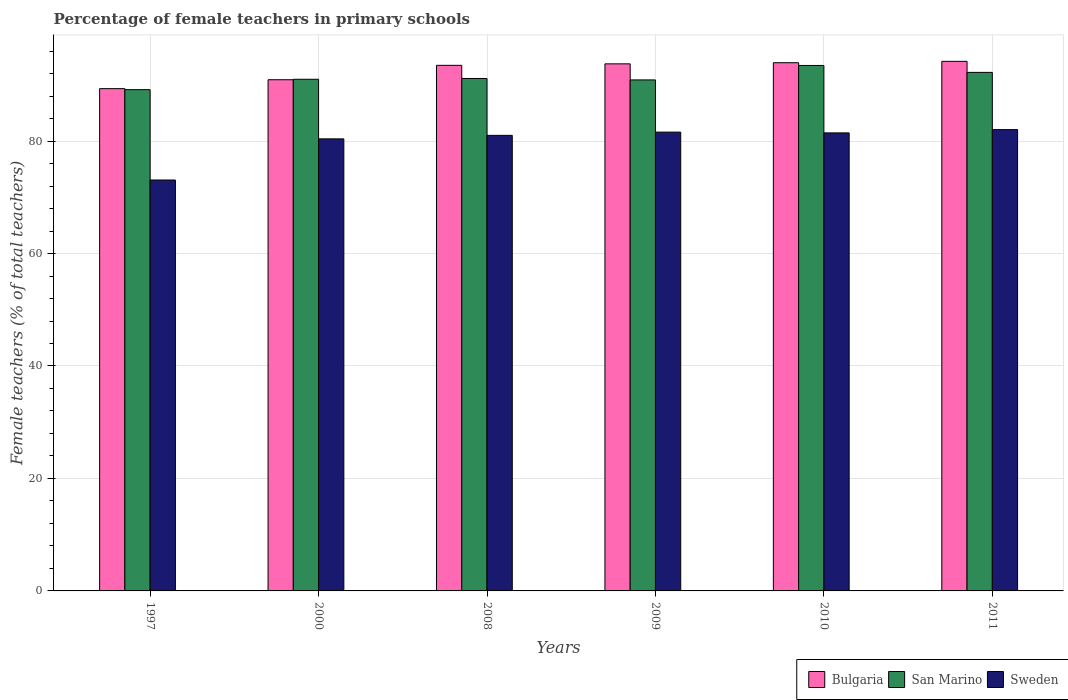
| Years | Bulgaria | San Marino | Sweden |
 | --- | --- | --- | --- |
 | 1997 | 89.3 | 89.1 | 73.1 |
 | 2000 | 90.9 | 91 | 80.4 |
 | 2008 | 93.5 | 91.1 | 81 |
 | 2009 | 93.7 | 90.9 | 81.6 |
 | 2010 | 93.9 | 93.4 | 81.5 |
 | 2011 | 94.2 | 92.2 | 82 |